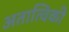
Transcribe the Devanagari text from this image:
अतात्विकी